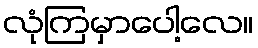
လုံကြမှာပေါ့လေ။